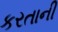
કરતાની